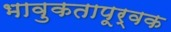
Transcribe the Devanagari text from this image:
भावुकतापूर्वक